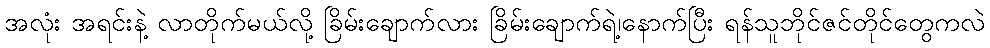
အလုံး အရင်းနဲ့ လာတိုက်မယ်လို့ ခြိမ်းချောက်လား ခြိမ်းချောက်ရဲ့၊နောက်ပြီး ရန်သူဘိုင်ဇင်တိုင်တွေကလဲ